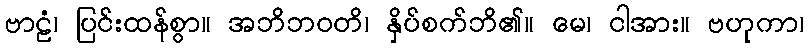
ဗာဠံ၊ ပြင်းထန်စွာ။ အဘိဘဝတိ၊ နှိပ်စက်ဘိ၏။ မေ၊ ငါအား။ ဗဟုကာ၊